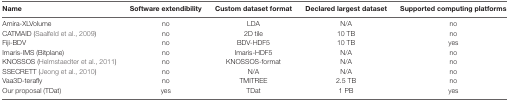
<table><thead><tr><td><b>Name</b></td><td><b>Software extendibility</b></td><td><b>Custom dataset format</b></td><td><b>Declared largest dataset</b></td><td><b>Supported computing platforms</b></td></tr></thead><tbody><tr><td>Amira-XLVolume</td><td>no</td><td>LDA</td><td>N/A</td><td>no</td></tr><tr><td>CATMAID (Saalfeld et al., 2009)</td><td>no</td><td>2D tile</td><td>10 TB</td><td>no</td></tr><tr><td>Fiji-BDV</td><td>no</td><td>BDV-HDF5</td><td>10 TB</td><td>yes</td></tr><tr><td>Imaris-IMS (Bitplane)</td><td>no</td><td>Imaris-HDF5</td><td>N/A</td><td>no</td></tr><tr><td>KNOSSOS (Helmstaedter et al., 2011)</td><td>no</td><td>KNOSSOS-format</td><td>N/A</td><td>no</td></tr><tr><td>SSECRETT (Jeong et al., 2010)</td><td>no</td><td>N/A</td><td>N/A</td><td>no</td></tr><tr><td>Vaa3D-terafly</td><td>no</td><td>TMITREE</td><td>2.5 TB</td><td>no</td></tr><tr><td>Our proposal (TDat)</td><td>yes</td><td>TDat</td><td>1 PB</td><td>yes</td></tr></tbody></table>